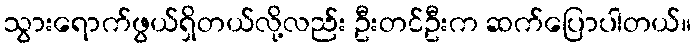
သွားရောက်ဖွယ်ရှိတယ်လို့လည်း ဦးတင်ဦးက ဆက်ပြောပါတယ်။